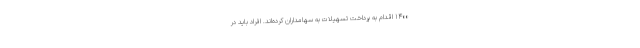
۱۴۰۰ اقدام به پرداخت تسهیلات به سهامداران کرده‌اند. افراد باید در